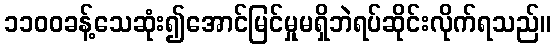
၁၁၀၀ခန့်သေဆုံး၍အောင်မြင်မှုမရှိဘဲရပ်ဆိုင်းလိုက်ရသည်။